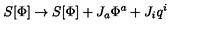
S [ \Phi ] \rightarrow S [ \Phi ] + J _ { a } \Phi ^ { a } + J _ { i } q ^ { i }